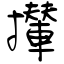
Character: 攆